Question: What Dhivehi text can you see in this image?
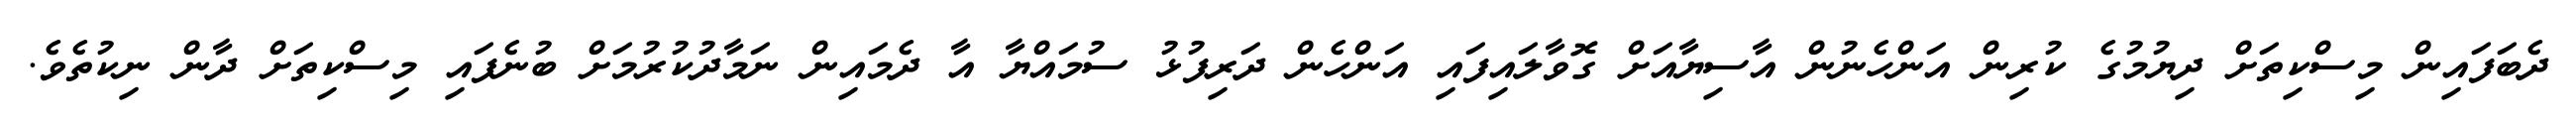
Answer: ދެބަފައިން މިސްކިތަށް ދިޔުމުގެ ކުރިން އަންހެނުން އާސިޔާއަށް ގޮވާލައިފައި އަންހެން ދަރިފުޅު ސުމައްޔާ އާ ދެމައިން ނަމާދުކުރުމަށް ބުނެފައި މިސްކިތަށް ދާން ނިކުތެވެ.